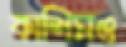
কাশিমও